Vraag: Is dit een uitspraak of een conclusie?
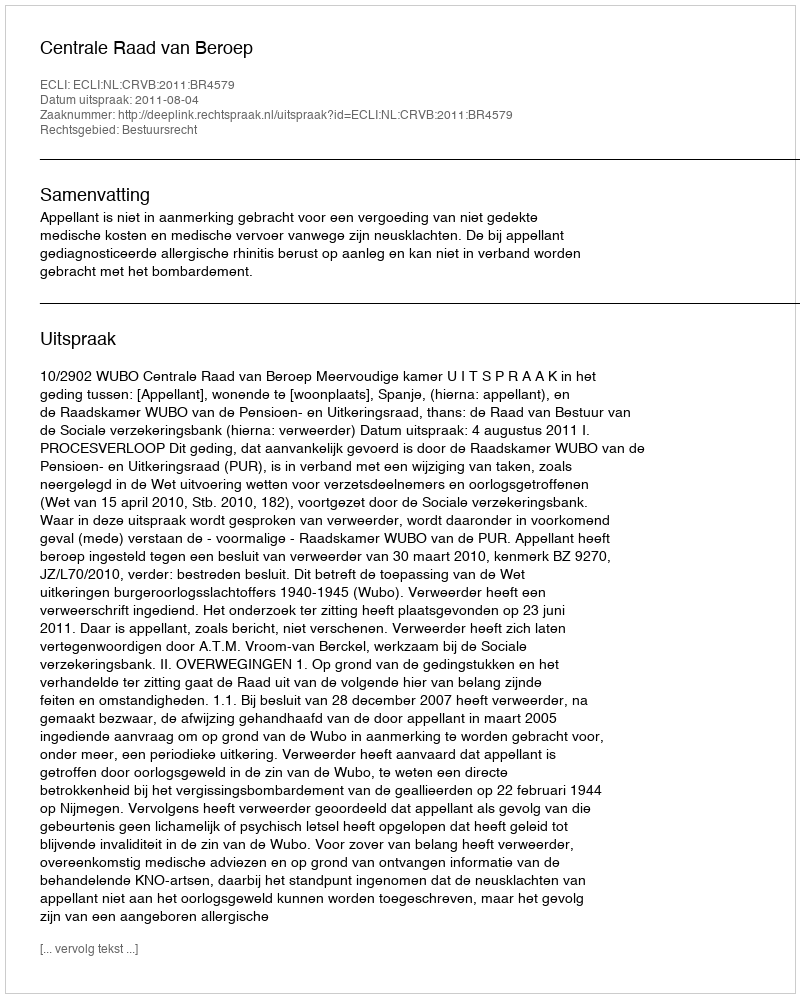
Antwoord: Uitspraak